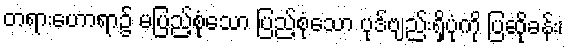
တရားဟောရာ၌ မပြည့်စုံသော ပြည့်စုံသော ပုဒ်ဗျည်းရှိပုံကို ပြဆိုခန်း၊